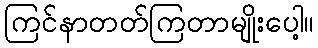
ကြင်နာတတ်ကြတာမျိုးပေါ့။